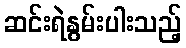
ဆင်းရဲနွမ်းပါးသည့်